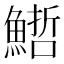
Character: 𩺢